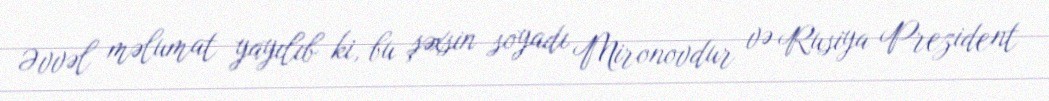
Əvvəl məlumat yayılıb ki, bu şəxsin soyadı Mironovdur və Rusiya Prezident